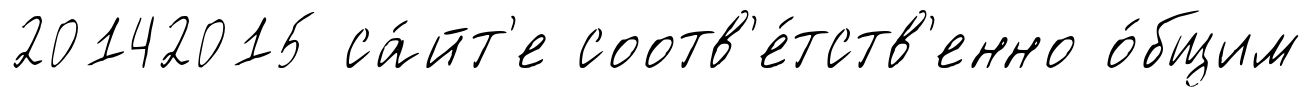
20142015 са́йт'е соотв'е́тств'енно о́бщим